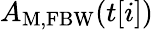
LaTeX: A_{\mathrm{M,FBW}}(t[i])